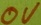
Text: 0V